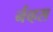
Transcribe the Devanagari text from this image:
र्नव्हस